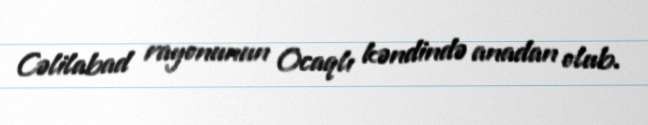
Cəlilabad rayonunun Ocaqlı kəndində anadan olub.